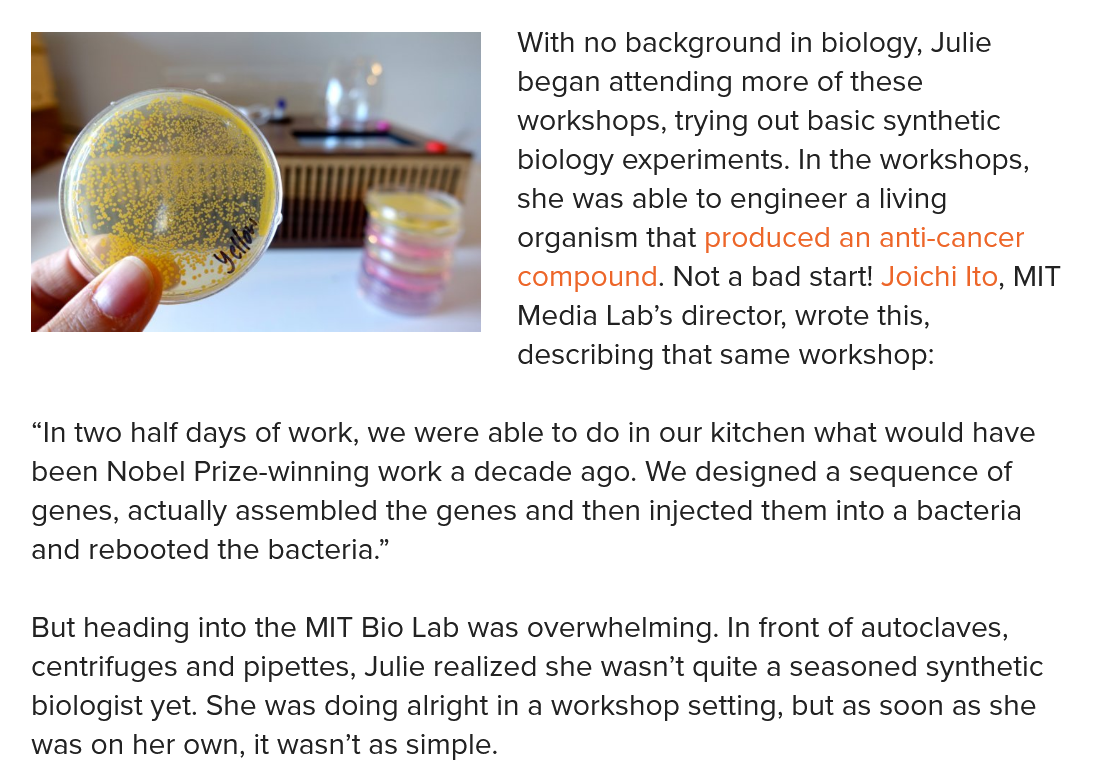
With no background in biology, Julie
     began  attending more of these
     workshops, trying out basic synthetic
     biology experiments. In the workshops,
     she was able to engineer a living
     organism that produced an anti-cancer
     compound. Nota bad start! Joichi Ito, MIT
     Media Lab’s director, wrote this,
     describing that same workshop:
   “In two half days of work, we were able to do in our kitchen what would have
   been Nobel Prize-winning work a decade ago. We designed a sequence of
   genes, actually assembled the genes and then injected them into a bacteria
   and rebooted the bacteria.”
   But heading into the MIT Bio Lab was overwhelming. In front of autoclaves,
   centrifuges and pipettes, Julie realized she wasn’t quite a seasoned synthetic
   biologist yet. She was doing alright in a workshop setting, but as soon as she
   was on her own, it wasn’t as simple.